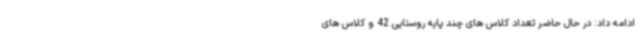
ادامه داد: در حال حاضر تعداد کلاس های چند پایه روستایی 42 و کلاس های